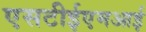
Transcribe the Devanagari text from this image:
एसटीईएमआई